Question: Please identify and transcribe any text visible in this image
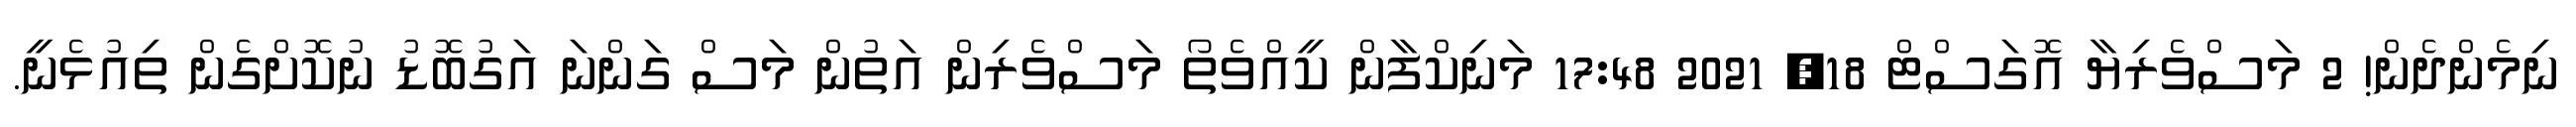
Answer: ނިމެންދެން! 2 މަސްވެރިޔާ އޮގަސްޓް 18, 2021 17:48 މަނިކްފާން ކީއްވެތޯ މަސްވެރިން އަތުން މަސް ގަންނަ އަގުބޮޑު ނުކޮށްގެން ތިއުޅެނީ.